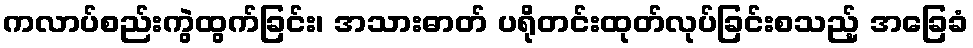
ကလာပ်စည်းကွဲထွက်ခြင်း၊ အသားဓာတ် ပရိုတင်းထုတ်လုပ်ခြင်းစသည့် အခြေခံ